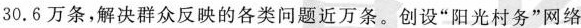
30.6万条，解决群众反映的各类问题近万条。创设”阳光村务”网络